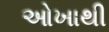
ઓખાથી